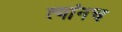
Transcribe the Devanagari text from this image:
त्यांनच